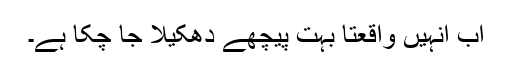
اب انہیں واقعتاً بہت پیچھے دھکیلا جا چکا ہے۔